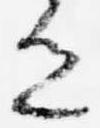
色